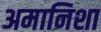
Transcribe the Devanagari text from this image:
अमानिशा